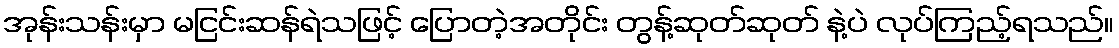
အုန်းသန်းမှာ မငြင်းဆန်ရဲသဖြင့် ပြောတဲ့အတိုင်း တွန့်ဆုတ်ဆုတ် နဲ့ပဲ လုပ်ကြည့်ရသည်။